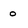
Character: o